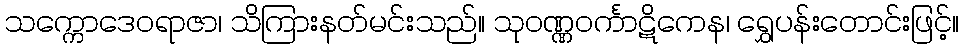
သက္ကောဒေဝရာဇာ၊ သိကြားနတ်မင်းသည်။ သုဝဏ္ဏဝင်္ကာဋိကေန၊ ရွှေပန်းတောင်းဖြင့်။